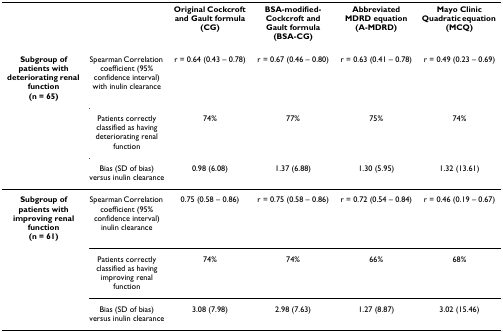
<table><thead><tr><td></td><td></td><td><b>Original Cockcroft and Gault formula (CG)</b></td><td><b>BSA-modified-Cockcroft and Gault formula (BSA-CG)</b></td><td><b>Abbreviated MDRD equation (A-MDRD)</b></td><td><b>Mayo Clinic Quadratic equation (MCQ)</b></td></tr></thead><tbody><tr><td><b>Subgroup of patients with deteriorating renal function</b><b>(n = 65)</b></td><td>Spearman Correlation coefficient (95% confidence interval) with inulin clearance</td><td>r = 0.64 (0.43 – 0.78)</td><td>r = 0.67 (0.46 – 0.80)</td><td>r = 0.63 (0.41 – 0.78)</td><td>r = 0.49 (0.23 – 0.69)</td></tr><tr><td></td><td>Patients correctly classified as having deteriorating renal function</td><td>74%</td><td>77%</td><td>75%</td><td>74%</td></tr><tr><td></td><td>Bias (SD of bias) versus inulin clearance</td><td>0.98 (6.08)</td><td>1.37 (6.88)</td><td>1.30 (5.95)</td><td>1.32 (13.61)</td></tr><tr><td><b>Subgroup of patients with improving renal function</b><b>(n = 61)</b></td><td>Spearman Correlation coefficient (95% confidence interval) inulin clearance</td><td>0.75 (0.58 – 0.86)</td><td>r = 0.75 (0.58 – 0.86)</td><td>r = 0.72 (0.54 – 0.84)</td><td>r = 0.46 (0.19 – 0.67)</td></tr><tr><td></td><td>Patients correctly classified as having improving renal function</td><td>74%</td><td>74%</td><td>66%</td><td>68%</td></tr><tr><td></td><td>Bias (SD of bias) versus inulin clearance</td><td>3.08 (7.98)</td><td>2.98 (7.63)</td><td>1.27 (8.87)</td><td>3.02 (15.46)</td></tr></tbody></table>